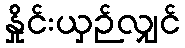
နှိုင်းယှဉ်လျှင်